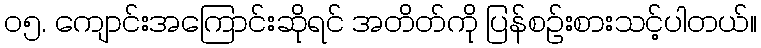
၀၅. ကျောင်းအကြောင်းဆိုရင် အတိတ်ကို ပြန်စဉ်းစားသင့်ပါတယ်။